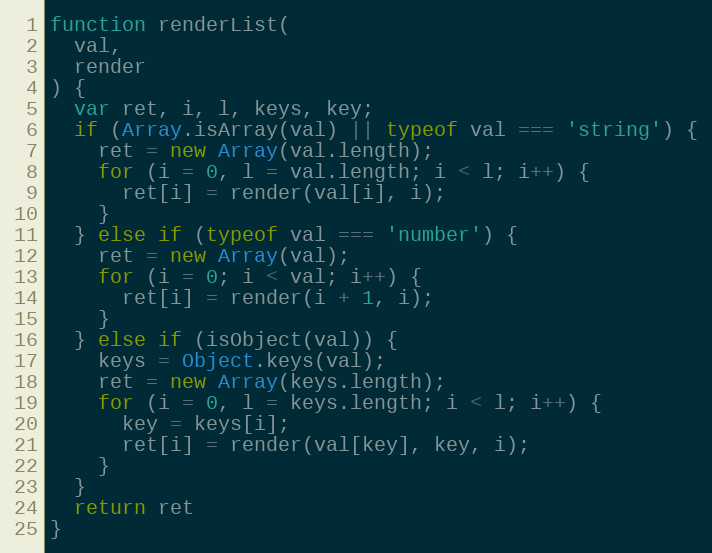
Language: JavaScript
function renderList(
  val,
  render
) {
  var ret, i, l, keys, key;
  if (Array.isArray(val) || typeof val === 'string') {
    ret = new Array(val.length);
    for (i = 0, l = val.length; i < l; i++) {
      ret[i] = render(val[i], i);
    }
  } else if (typeof val === 'number') {
    ret = new Array(val);
    for (i = 0; i < val; i++) {
      ret[i] = render(i + 1, i);
    }
  } else if (isObject(val)) {
    keys = Object.keys(val);
    ret = new Array(keys.length);
    for (i = 0, l = keys.length; i < l; i++) {
      key = keys[i];
      ret[i] = render(val[key], key, i);
    }
  }
  return ret
}